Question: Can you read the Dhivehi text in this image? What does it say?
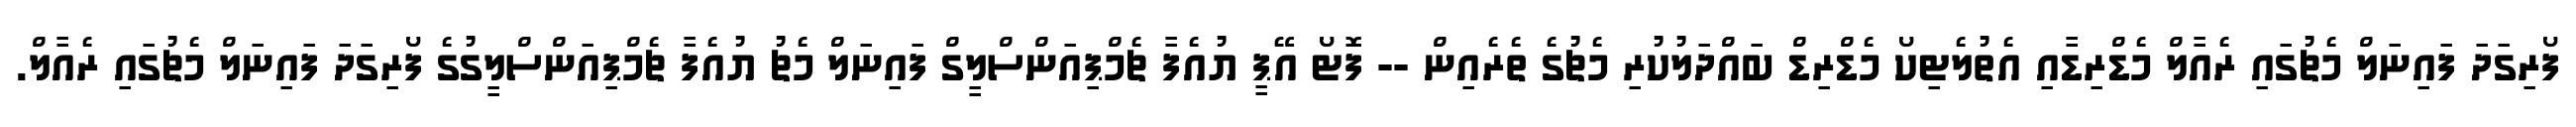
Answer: ފޯރިގަދަ ފައިނަލް މެޗުގައި ރެއާލް މެޑްރިޑާއި އެތުލެޓިކޯ މެޑްރިޑް ބައްދަލުކުރި މެޗުގެ ތެރެއިން -- ފޮޓޯ އޭޕީ ޔުއެފާ ޗެމްޕިއަންސްލީގް ފައިނަލް މެޗު ޔުއެފާ ޗެމްޕިއަންސްލީގުގެ ފޯރިގަދަ ފައިނަލް މެޗުގައި ރެއާލް.